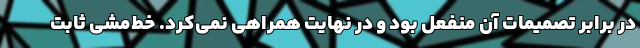
در برابر تصمیمات آن منفعل بود و در نهایت همراهی نمی‌کرد. خط‌مشی ثابت